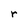
Character: r